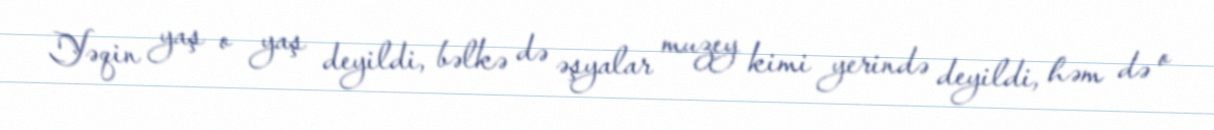
Yəqin yaş o yaş deyildi, bəlkə də əşyalar muzey kimi yerində deyildi, həm də o